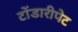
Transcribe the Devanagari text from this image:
टोंडारीपेट